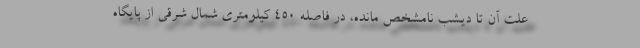
علت آن تا دیشب نامشخص مانده، در فاصله ۴۵۰ کیلومتری شمال شرقی از پایگاه